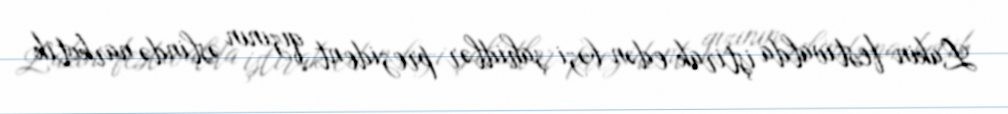
Lakin festivalda iştirak edən bəzi şahidlər prezident qızının əslində narkotik